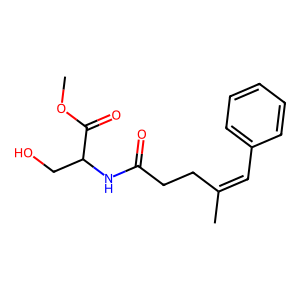
SMILES: COC(=O)C(CO)NC(=O)CCC(C)=Cc1ccccc1
Inhibits HIV replication: No